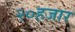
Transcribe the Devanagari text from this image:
२०हजार